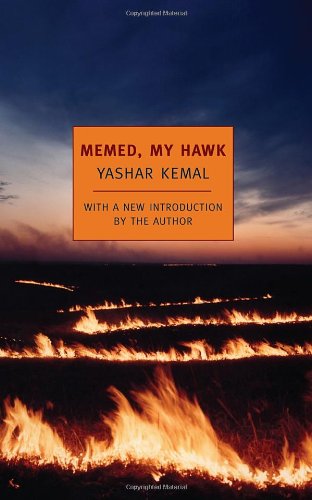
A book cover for Memed, My Hawk; Yashar Kemal; Literature & Fiction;